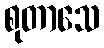
စုတာသေ